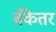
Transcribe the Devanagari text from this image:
बँकेतर